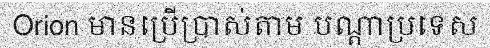
Orion មានប្រើប្រាស់តាម បណ្តាប្រទេស